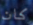
كان